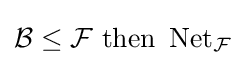
{\mathcal {B}}\leq {\mathcal {F}}{\text{ then }}\operatorname {Net} _{\mathcal {F}}